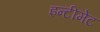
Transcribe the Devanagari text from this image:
इन्टीमेट